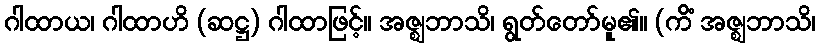
ဂါထာယ၊ ဂါထာဟိ (ဆဋ္ဌ) ဂါထာဖြင့်။ အဇ္ဈဘာသိ၊ ရွတ်တော်မူ၏။ (ကိံ အဇ္ဈဘာသိ၊